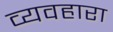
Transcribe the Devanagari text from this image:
व्यवहारा